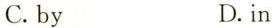
C.by D.in